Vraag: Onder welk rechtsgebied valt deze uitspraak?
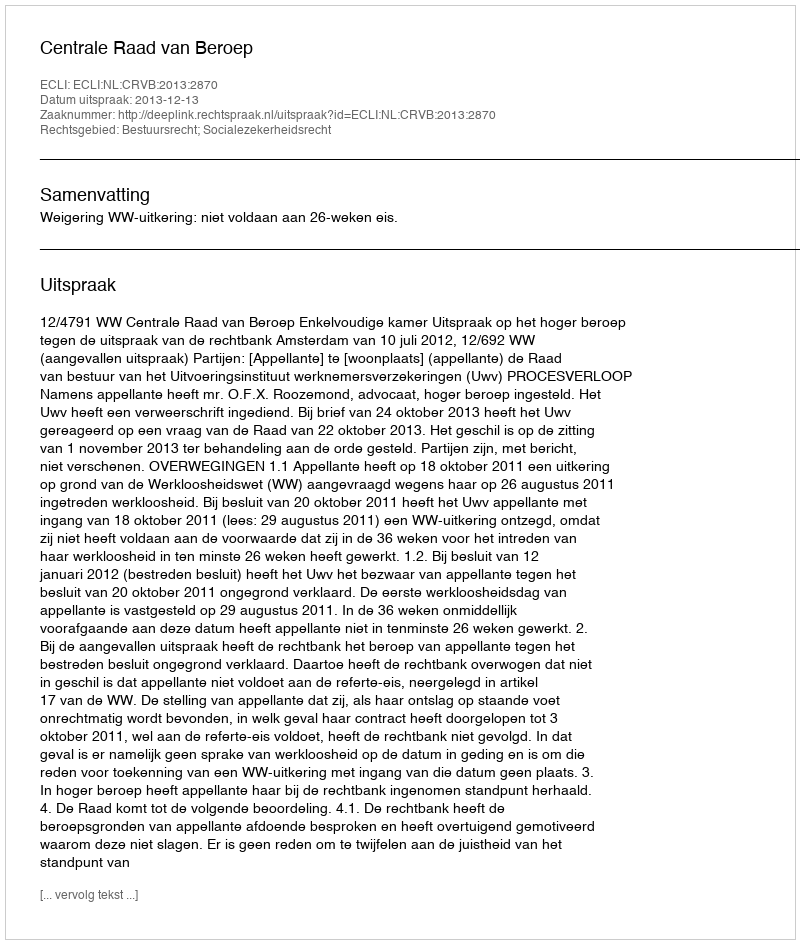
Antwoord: Bestuursrecht; Socialezekerheidsrecht